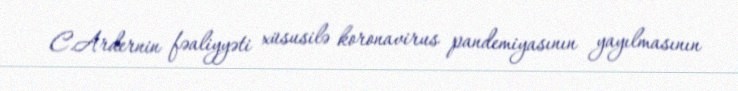
C.Ardernin fəaliyyəti xüsusilə koronavirus pandemiyasının yayılmasının